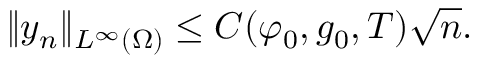
\lVert y _ { n } \rVert _ { L ^ { \infty } ( \Omega ) } \leq C ( \varphi _ { 0 } , g _ { 0 } , T ) \sqrt { n } .